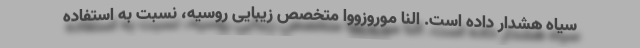
سیاه هشدار داده است. النا موروزووا متخصص زیبایی روسیه، نسبت به استفاده